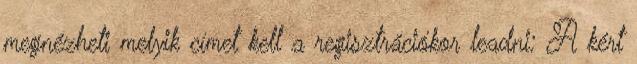
megnézheti melyik címet kell a regisztrációkor leadni: A kért